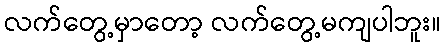
လက်တွေ့မှာတော့ လက်တွေ့မကျပါဘူး။